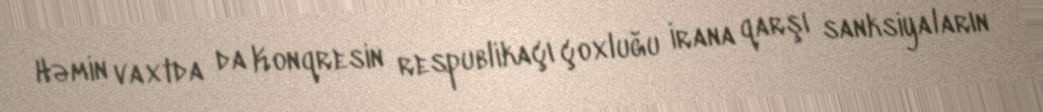
Həmin vaxtda da Konqresin respublikaçı çoxluğu İrana qarşı sanksiyaların